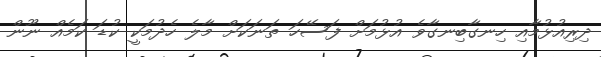
ދިރިއުޅުމާއި ހިނގާބިނގާވެ އުޅުމަށް ފަސޭހަ ތަނަކަށް މާލެ ހެދުމަކީ ކުޑަ ކަމެއް ނޫން